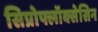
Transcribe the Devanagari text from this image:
सिप्रोफ्लॉक्सेसिन